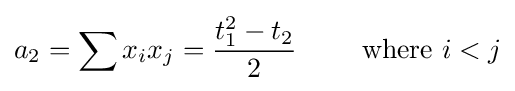
a_{2}=\sum x_{i}x_{j}={\frac {t_{1}^{2}-t_{2}}{2}}\qquad {\text{ where }}i<j